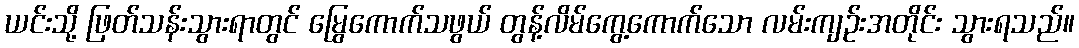
ယင်းသို့ ဖြတ်သန်းသွားရာတွင် မြွေကောက်သဖွယ် တွန့်လိမ်ကွေ့ကောက်သော လမ်းကျဉ်းအတိုင်း သွားရသည်။